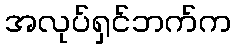
အလုပ်ရှင်ဘက်က